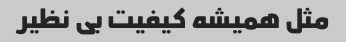
مثل همیشه کیفیت بی نظیر